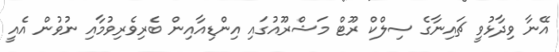
އޭނާ ވިދާޅުވީ ޗައިނާގެ ސިލްކް ރޫޓް މަޝްރޫއުގައި އިންޑިއާއިން ބެރިވެރިވުމާއި ނުވުން އެއީ